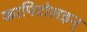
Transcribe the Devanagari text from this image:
कापिटोलइन्